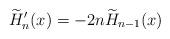
LaTeX: \begin{align*}\widetilde{H} _n' (x)=-2n\widetilde{H} _{n-1}(x)\end{align*}